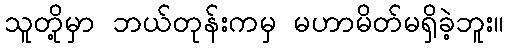
သူတို့မှာ ဘယ်တုန်းကမှ မဟာမိတ်မရှိခဲ့ဘူး။